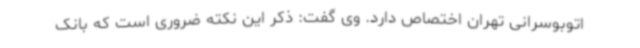
اتوبوسرانی تهران اختصاص دارد. وی گفت: ذکر این نکته ضروری است که بانک